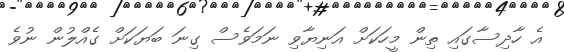
އެ ހާދިސާގައި ތިން މީހަކަށް އަނިޔާވި ނަަމަވެސް ގިނަ ބަޔަކަށް ގެއްލުން ނުވެ